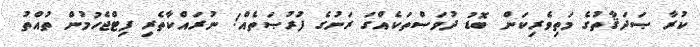
ކުރާ ޞަދަޤާތުގެ މަތިވެރިކަން ބޮޑު ދުވަސްތަކެއްގަ ރަނުގެ ފުރުޞަތެއް! ނުރައްކާތެރި ފިޓްޖެހުމުން ތުއްތު